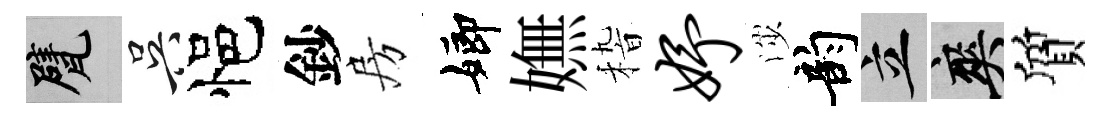
甓吴悒鈔房嫏嫵𥟵妤渉韵立爽質